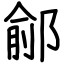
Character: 鄃